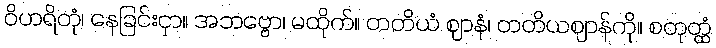
ဝိဟရိတုံ၊ နေခြင်းငှာ။ အဘဗ္ဗော၊ မထိုက်။ တတိယံ ဈာနံ၊ တတိယဈာန်ကို။ စတုတ္ထံ